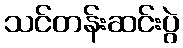
သင်တန်းဆင်းပွဲ